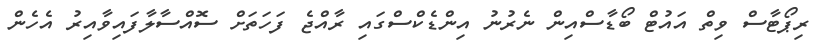
ރިޕޯޓާސް ވިތް އައުޓް ބޯޑާސްއިން ނެރުނު އިންޑެކްސްގައި ރާއްޖެ ފަހަތަށް ސޮއްސާލާފައިވާއިރު އެހެން